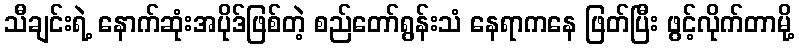
သီချင်းရဲ့ နောက်ဆုံးအပိုဒ်ဖြစ်တဲ့ စည်တော်ရွန်းသံ နေရာကနေ ဖြတ်ပြီး ဖွင့်လိုက်တာမို့